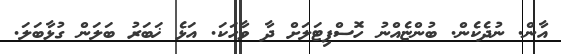
އާން. ނުދެކެން. ބުންޏެއްނު ހޮަސްޕިޓަލަށް ދާ ވާހަކަ. އަޅެ ޚަބަރު ބަލަން ގުޅާބަލަ.